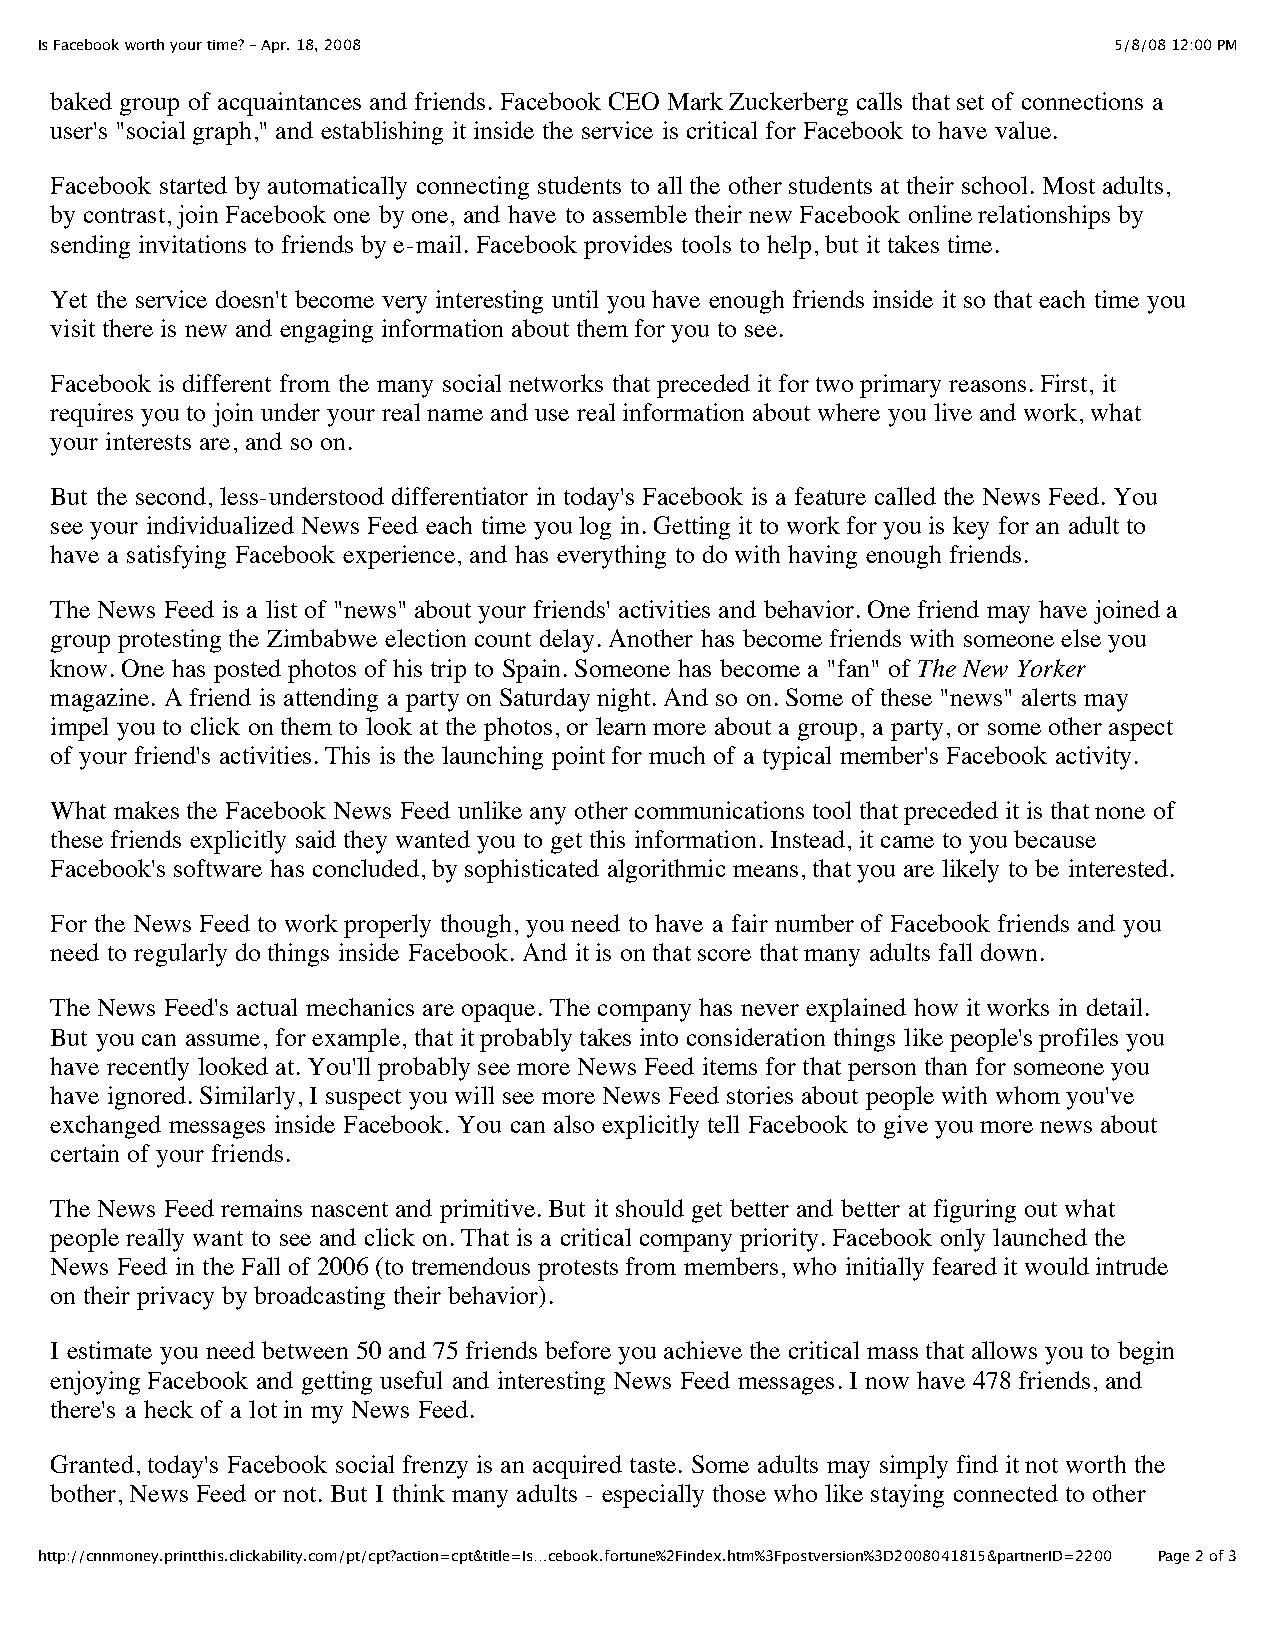
Is Facebook worth your time? - Apr. 18, 2008                            5/8/08 12:00 PM
 baked group of acquaintances and friends. Facebook CEO Mark Zuckerberg calls that set of connections a
 user's "social graph," and establishing it inside the service is critical for Facebook to have value.
 Facebook started by automatically connecting students to all the other students at their school. Most adults,
 by contrast, join Facebook one by one, and have to assemble their new Facebook online relationships by
 sending invitations to friends by e-mail. Facebook provides tools to help, but it takes time.
 Yet the service doesn't become very interesting until you have enough friends inside it so that each time you
 visit there is new and engaging information about them for you to see.
 Facebook is different from the many social networks that preceded it for two primary reasons. First, it
 requires you to join under your real name and use real information about where you live and work, what
 your interests are, and so on.
 But the second, less-understood differentiator in today's Facebook is a feature called the News Feed. You
 see your individualized News Feed each time you log in. Getting it to work for you is key for an adult to
 have a satisfying Facebook experience, and has everything to do with having enough friends.
 The News Feed is a list of "news" about your friends' activities and behavior. One friend may have joined a
 group protesting the Zimbabwe election count delay. Another has become friends with someone else you
 know. One has posted photos of his trip to Spain. Someone has become a "fan" of The New Yorker
 magazine. A friend is attending a party on Saturday night. And so on. Some of these "news" alerts may
 impel you to click on them to look at the photos, or learn more about a group, a party, or some other aspect
 of your friend's activities. This is the launching point for much of a typical member's Facebook activity.
 What makes the Facebook News Feed unlike any other communications tool that preceded it is that none of
 these friends explicitly said they wanted you to get this information. Instead, it came to you because
 Facebook's software has concluded, by sophisticated algorithmic means, that you are likely to be interested.
 For the News Feed to work properly though, you need to have a fair number of Facebook friends and you
 need to regularly do things inside Facebook. And it is on that score that many adults fall down.
 The News Feed's actual mechanics are opaque. The company has never explained how it works in detail.
 But you can assume, for example, that it probably takes into consideration things like people's profiles you
 have recently looked at. You'll probably see more News Feed items for that person than for someone you
 have ignored. Similarly, I suspect you will see more News Feed stories about people with whom you've
 exchanged messages inside Facebook. You can also explicitly tell Facebook to give you more news about
 certain of your friends.
 The News Feed remains nascent and primitive. But it should get better and better at figuring out what
 people really want to see and click on. That is a critical company priority. Facebook only launched the
 News Feed in the Fall of 2006 (to tremendous protests from members, who initially feared it would intrude
 on their privacy by broadcasting their behavior).
 I estimate you need between 50 and 75 friends before you achieve the critical mass that allows you to begin
 enjoying Facebook and getting useful and interesting News Feed messages. I now have 478 friends, and
 there's a heck of a lot in my News Feed.
 Granted, today's Facebook social frenzy is an acquired taste. Some adults may simply find it not worth the
 bother, News Feed or not. But I think many adults - especially those who like staying connected to other
 http://cnnmoney.printthis.clickability.com/pt/cpt?action=cpt&title=Is…cebook.fortune%2Findex.htm%3Fpostversion%3D2008041815&partnerID=2200 Page 2 of 3